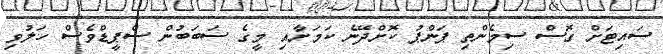
ސައިޓަށް ގޮސް ސިމެންތި ޕަންޕު ކޮށްދޭނެ ކަމަށާއި މީގެ ސަބަބުން ސްޕީޑްވެސް ހަލުވި